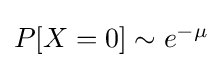
{\textstyle P[X=0]\sim e^{-\mu }}